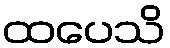
ထပေသိ